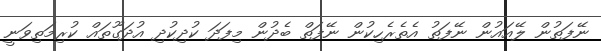
ނޭފަތުން ލޭއައުން ނޭފަތު އެތެރެހިކުން ނޭފަތް ބެދުން މިފަދަ ކުދިކުދި އުދަގޫތައް ކުރިމަތިވަނީ